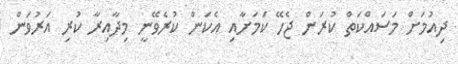
ދިއުމަށް މަސައްކަތް ކުރަން ޖެހޭ ކަމަށާއި އެކަން ކުރެވޭނީ މިދާއިރާ ކުރި އަރުވަން